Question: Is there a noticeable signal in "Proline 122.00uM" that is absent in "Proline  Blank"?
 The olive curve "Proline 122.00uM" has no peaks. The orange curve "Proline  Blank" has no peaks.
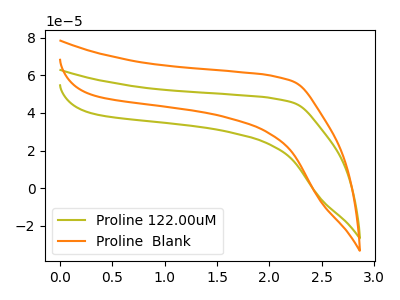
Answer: <think>Neither "Proline 122.00uM" or "Proline  Blank" have any peaks.
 </think>
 <answer>No, "Proline 122.00uM" and "Proline  Blank" don't appear to be significantly different in shape</answer>
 <eval>no_change</eval>